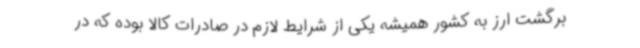
برگشت ارز به کشور همیشه یکی از شرایط لازم در صادرات کالا بوده که در